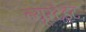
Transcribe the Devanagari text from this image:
न्यूस्टैड्ट